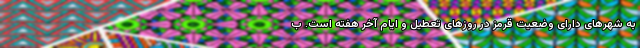
به شهرهای دارای وضعیت قرمز در روزهای تعطیل و ایام آخر هفته است. ب